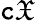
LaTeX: \mathtt{c}{\mathfrak{{X}}}